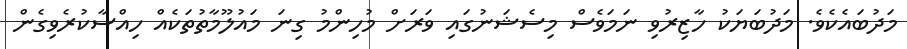
މަދުބައެކެވެ. މަދުބަޔަކު ހާޒިރުވި ނަމަވެސް މިސެޝަނުގައި ވަރަށް މުހިންމު ގިނަ މައުުލޫމާތުތަކެއް ހިއްސާކުރެވިގެން